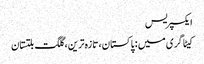
ایکسپریس
کیٹاگری میں : پاکستان، تازہ ترین، گلگت بلتستان